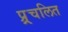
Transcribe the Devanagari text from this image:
प्र्र्रचलित